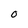
Character: O